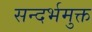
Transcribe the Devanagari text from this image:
सन्दर्भमुक्त